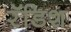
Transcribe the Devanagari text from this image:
रॅडिश